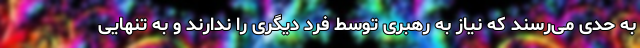
به حدی می‌رسند که نیاز به رهبری توسط فرد دیگری را ندارند و به تنهایی